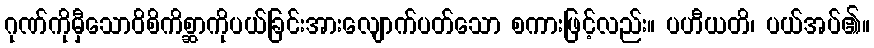
ဂုဏ်ကိုမှီသောဝိစိကိစ္ဆာကိုပယ်ခြင်းအားလျောက်ပတ်သော စကားဖြင့်လည်း။ ပဟီယတိ၊ ပယ်အပ်၏။